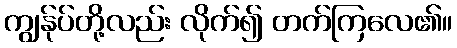
ကျွန်ုပ်တို့လည်း လိုက်၍ တက်ကြလေ၏။